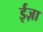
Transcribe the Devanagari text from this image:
ईज़ा